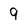
Character: 9